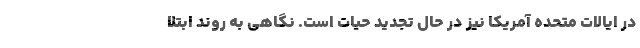
در ایالات متحده آمریکا نیز در حال تجدید حیات است. نگاهی به روند ابتلا